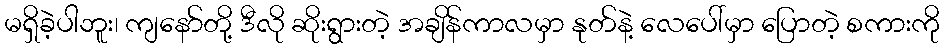
မရှိခဲ့ပါဘူး၊ ကျနော်တို့ ဒီလို ဆိုးရွားတဲ့ အချိန်ကာလမှာ နုတ်နဲ့ လေပေါ်မှာ ပြောတဲ့ စကားကို